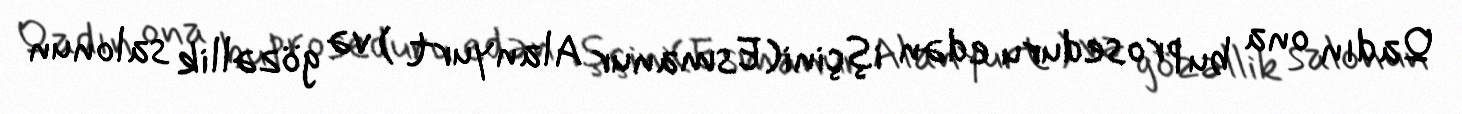
Qadın ona bu proseduru edən işçini(Esmanur Alanyurt ) və gözəllik salonun